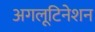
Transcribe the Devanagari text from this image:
अगलूटिनेशन